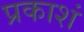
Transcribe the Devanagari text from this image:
प्रकाशं